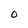
Character: 0